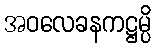
အဝလေခနကဋ္ဌမ္ပိ